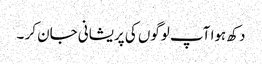
دکھ ہوا آپ لوگوں کی پریشانی جان کر ۔